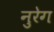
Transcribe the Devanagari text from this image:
नुरेग